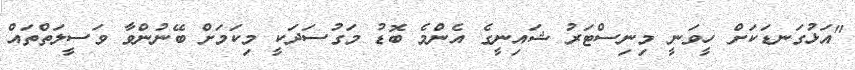
"އަޅުގަނޑަކަށް ހީވަނީ މިނިސްޓަރު ޝައިނީގެ އެންމެ ބޮޑު މަގުސަދަކީ މިކަމަށް ބޭނުންވާ ވަސީލަތްތައް